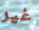
غير